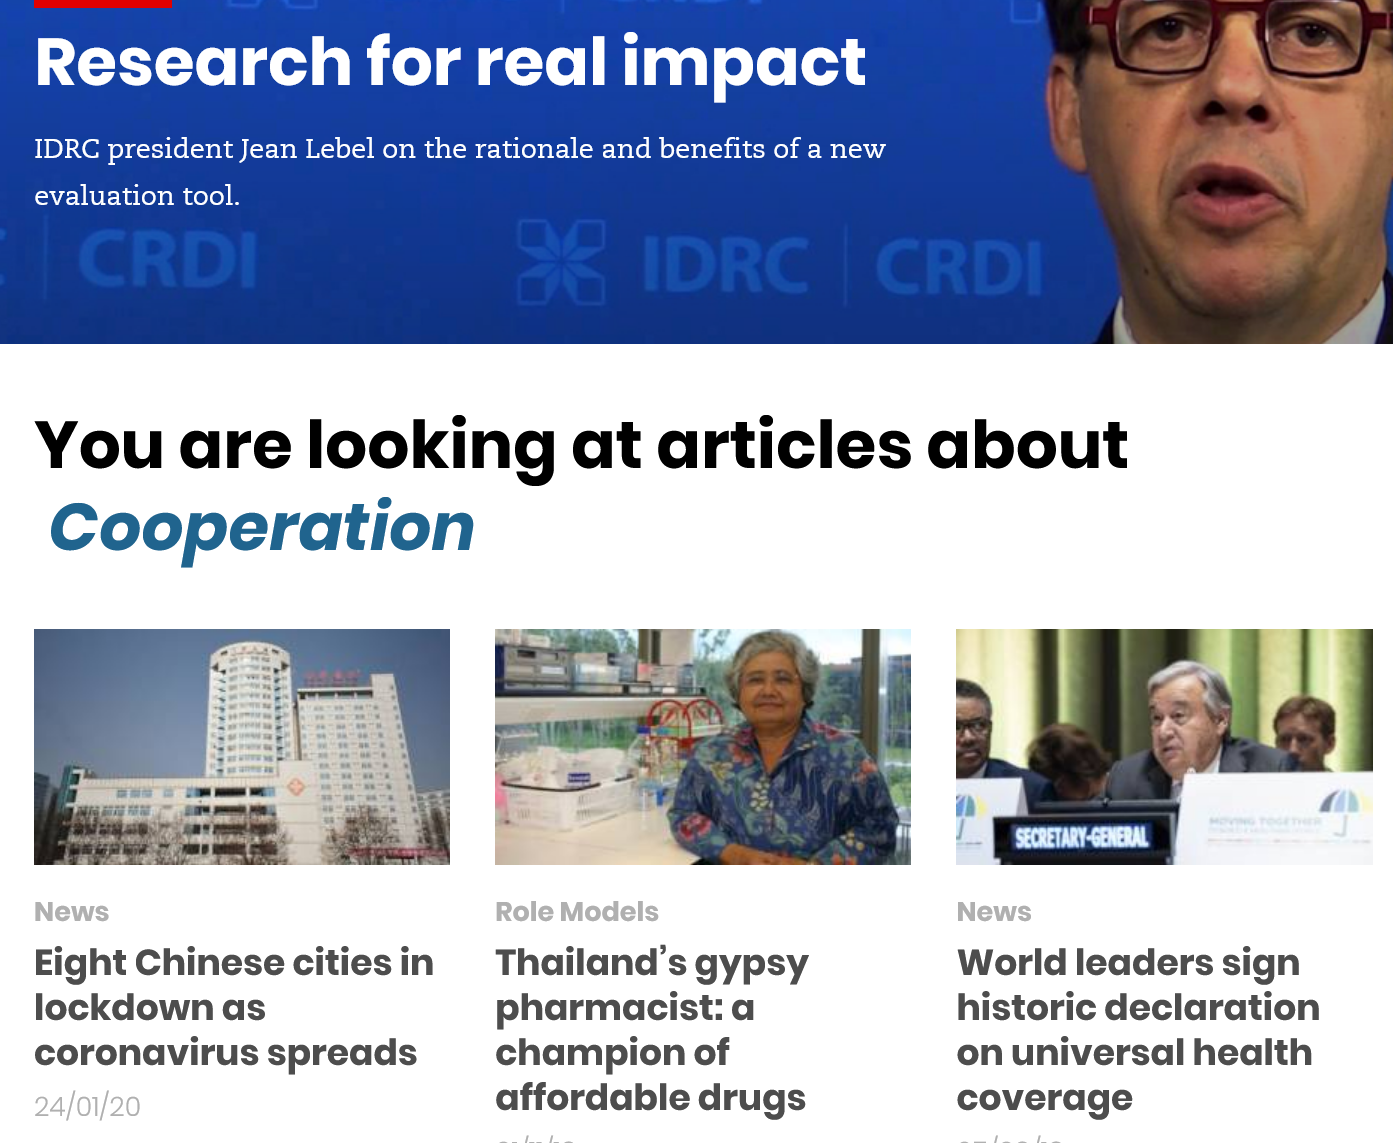
Research    for    real    impact
   IDRC president Jean Lebel on the rationale and benefits of a new
   evaluation tool.
   You    are    looking    at   articles    about
    Cooperation
     Thailand’s   gypsy
     pharmacist:    a
     champion   of
     affordable   drugs
     World   leaders sign
     historic declaration
     on  universal  health
     coverage
     News Role Models News
   Eight Chinese cities  in
   lockdown   as
   coronavirus   spreads
   24/01/20